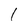
Character: 1